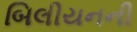
બિલીયનની